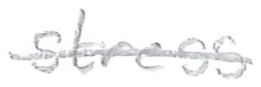
Text: stress
Cross-out: mix
Writing tool: pencil